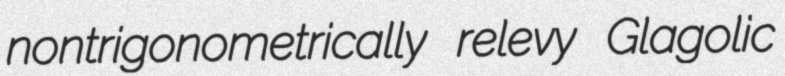
nontrigonometrically relevy Glagolic